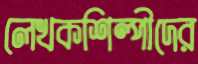
লেখকশিল্পীদের